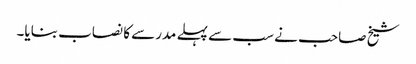
شیخ صاحب نے سب سے پہلے مدرسے کا نصاب بنایا۔